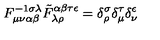
F _ { \mu \nu \alpha \beta } ^ { - 1 \sigma \lambda } \tilde { F } _ { \lambda \rho } ^ { \alpha \beta \tau \epsilon } = \delta _ { \rho } ^ { \sigma } \delta _ { \mu } ^ { \tau } \delta _ { \nu } ^ { \epsilon }